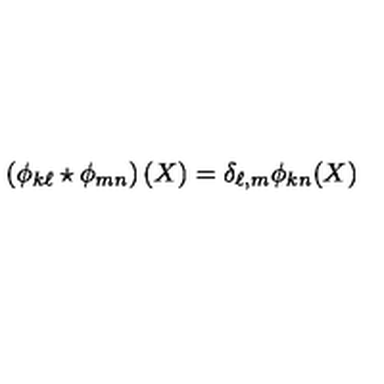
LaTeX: \left( \phi _ { k \ell } \star \phi _ { m n } \right) ( X ) = \delta _ { \ell , m } \phi _ { k n } ( X )